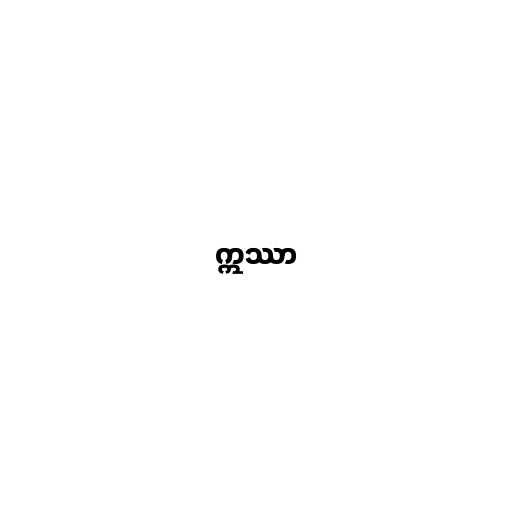
ဣဿာ